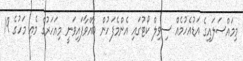
މިމައްސަލައިގެ އަޑުއެހުމެއް ސިވިލް ކޯޓުގައި އެންމެފަހުން ބާއްވާފައިވަނީ މިއަހަރުގެ މެއި މަހުގެ 19